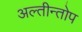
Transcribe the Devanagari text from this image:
अल्तीन्तोप